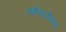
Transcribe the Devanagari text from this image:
तथैवाऽस्मिन्